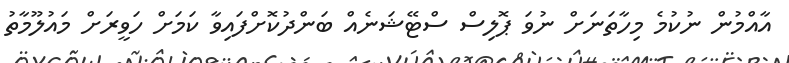
އާއްމުން ނުކުމެ މިހާތަނަށް ނުވަ ޕޮލިސް ސްޓޭޝަނެއް ބަންދުކޮށްފައިވާ ކަމަށް ހަވީރަށް މައުލޫމާތު